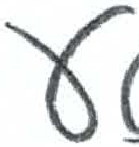
אות: ע